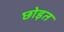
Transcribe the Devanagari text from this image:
छोड़त